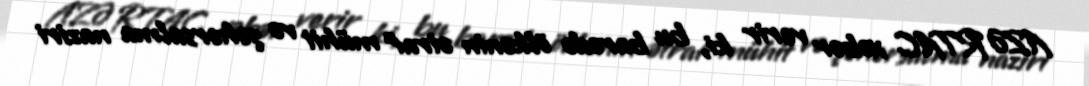
AZƏRTAC xəbər verir ki, bu barədə ölkənin ətraf mühit və şəhərsalma naziri